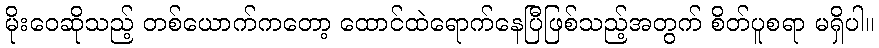
မိုးဝေဆိုသည့် တစ်ယောက်ကတော့ ထောင်ထဲရောက်နေပြီဖြစ်သည့်အတွက် စိတ်ပူစရာ မရှိပါ။